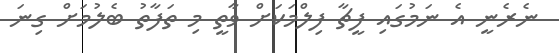
ނެރެނީ އެ ނަމުގައި ފީޗާ ފިލްމަކަށް ވާތީ މި ތަފާތު ބެލުމަށް ގިނަ